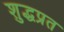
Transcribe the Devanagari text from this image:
शुद्धप्रत